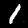
Label: 1